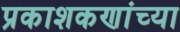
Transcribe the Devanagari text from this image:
प्रकाशकणांच्या